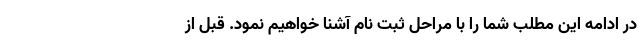
در ادامه این مطلب شما را با مراحل ثبت نام آشنا خواهیم نمود. قبل از